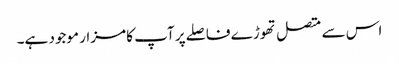
اس سے متصل تھوڑے فاصلے پر آپ کا مزار موجود ہے۔